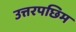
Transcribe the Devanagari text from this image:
उत्तरपछिम